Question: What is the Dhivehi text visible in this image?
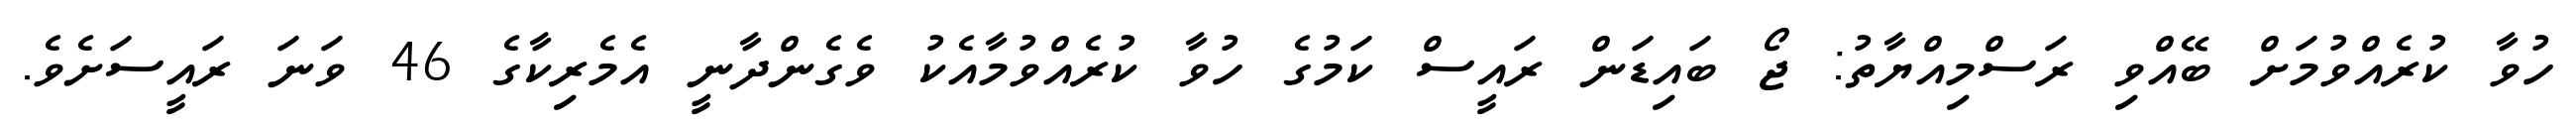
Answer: ހުވާ ކުރެއްވުމަށް ބޭއްވި ރަސްމިއްޔާތު: ޖޯ ބައިޑަން ރައީސް ކަމުގެ ހުވާ ކުރެއްވުމާއެކު ވެގެންދާނީ އެމެރިކާގެ 46 ވަނަ ރައީސަށެވެ.